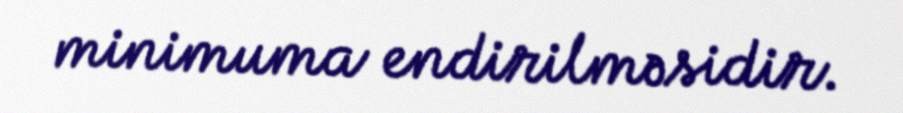
minimuma endirilməsidir.